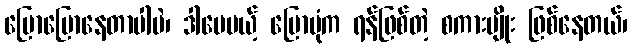
ပြောပြောနေတာပါပဲ၊ ဒါပေမယ့် ပြောပုံက ရန်ဖြစ်တဲ့ စကားမျိုး ဖြစ်နေတယ်၊